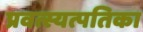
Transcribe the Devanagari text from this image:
प्रवत्स्यत्पतिका